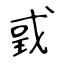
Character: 戜